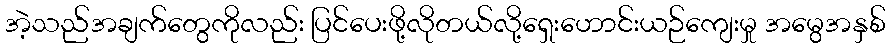
အဲ့သည်အချက်တွေကိုလည်း ပြင်ပေးဖို့လိုတယ်လို့ရှေးဟောင်းယဉ်ကျေးမှု အမွေအနှစ်